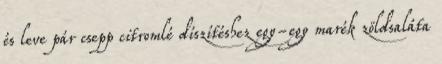
és leve pár csepp citromlé díszítéshez egy-egy marék zöldsaláta